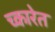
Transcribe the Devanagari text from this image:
च्कारेत